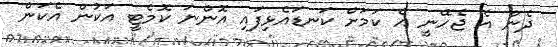
ދެން އެ ޖެހޭނީ އެ ކަމަށް ކަނޑައެޅިފައި އޮންނަ ކޮމެޓީ އަކުން އެކަން